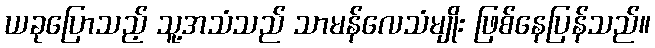
ယခုပြောသည့် သူ့အသံသည် သာမန်လေသံမျိုး ဖြစ်နေပြန်သည်။